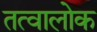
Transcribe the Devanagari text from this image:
तत्वालोक